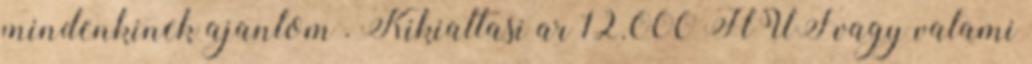
mindenkinek ajanlom . Kikialtasi ar 12.000 HUF vagy valami